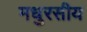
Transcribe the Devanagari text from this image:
मधुरसीय